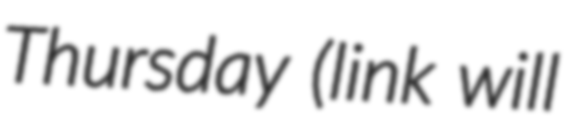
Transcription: Thursday (link will